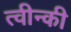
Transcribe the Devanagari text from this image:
त्वीन्की